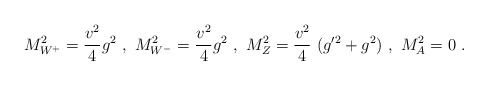
\begin{align*}M^2_{W^+}={v^2\over 4}g^2~,~ M^2_{W^-}={v^2\over4}g^2~,~M^2_Z={v^2\over 4}~(g^{\prime 2}+ g^2)~,~M^2_A= 0 \ .\end{align*}